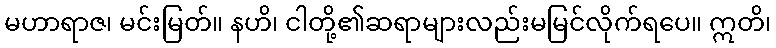
မဟာရာဇ၊ မင်းမြတ်။ နဟိ၊ ငါတို့၏ဆရာများလည်းမမြင်လိုက်ရပေ။ ဣတိ၊